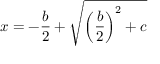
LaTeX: x = - { \frac { b } { 2 } } + { \sqrt { \left( { \frac { b } { 2 } } \right) ^ { 2 } + c } }